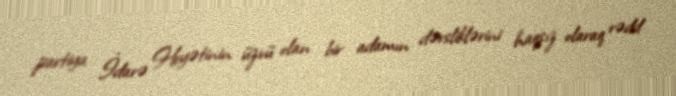
partiya İdarə Heyətinin üzvü olan bir adamın dərsliklərini haqsız olaraq rədd